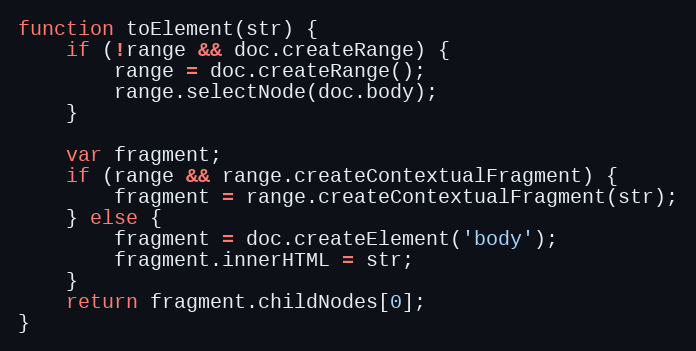
Language: JavaScript
function toElement(str) {
    if (!range && doc.createRange) {
        range = doc.createRange();
        range.selectNode(doc.body);
    }

    var fragment;
    if (range && range.createContextualFragment) {
        fragment = range.createContextualFragment(str);
    } else {
        fragment = doc.createElement('body');
        fragment.innerHTML = str;
    }
    return fragment.childNodes[0];
}